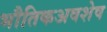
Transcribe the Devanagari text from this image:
भौतिकअवशेष